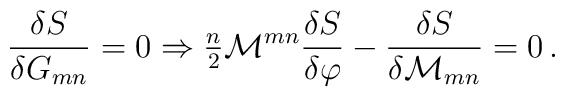
\frac{\delta S}{\delta G_{mn}} = 0 \Rightarrow{\textstyle\frac{n}{2}} {\cal M}^{mn} \frac{\delta S}{\delta \varphi}     - \frac{\delta S}{\delta {\cal M}_{mn}} =0\, .